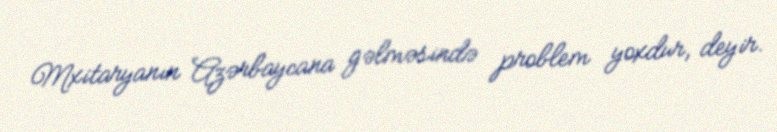
Mxitaryanın Azərbaycana gəlməsində problem yoxdur, deyir.